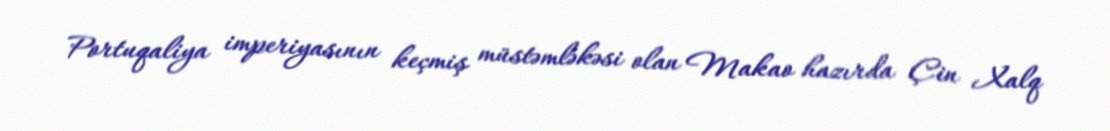
Portuqaliya imperiyasının keçmiş müstəmləkəsi olan Makao hazırda Çin Xalq